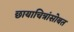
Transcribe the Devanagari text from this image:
छायाचित्रांसोबत